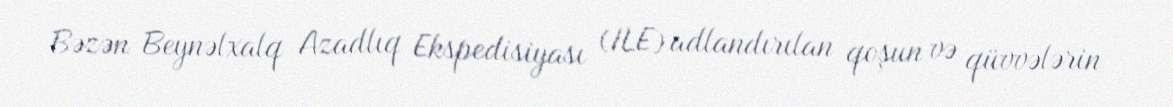
Bəzən Beynəlxalq Azadlıq Ekspedisiyası (ILE) adlandırılan qoşun və qüvvələrin